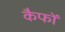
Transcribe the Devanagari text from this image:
कैफों